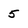
Character: 5